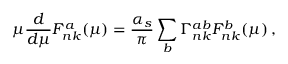
\mu \frac { d } { d \mu } F _ { n k } ^ { a } ( \mu ) = \frac { \alpha _ { s } } { \pi } \sum _ { b } \Gamma _ { n k } ^ { a b } F _ { n k } ^ { b } ( \mu ) \, ,